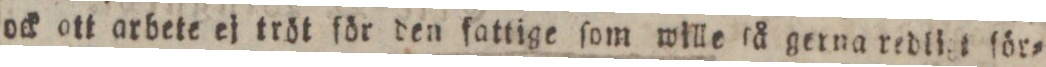
ock ott arbete ej tröt för den fattige ſom wille ſå gerna redliet för=